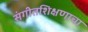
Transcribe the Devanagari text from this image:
संगीतशिक्षणाचा